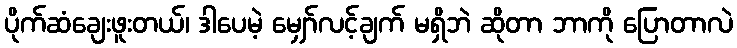
ပိုက်ဆံချေးဖူးတယ်၊ ဒါပေမဲ့ မျှော်လင့်ချက် မရှိဘဲ ဆိုတာ ဘာကို ပြောတာလဲ